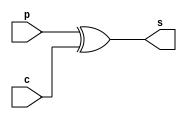
module su_2bit (p, c, s);
    input [1:0] p, c;
    output [1:0] s;
    assign s = p ^ c;
endmodule